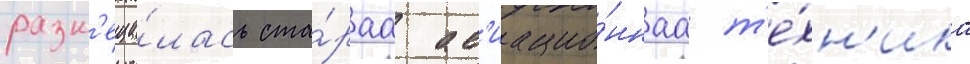
разм'еща́лась ста́раа ав'иацио́ннаа т'е́хн'ика